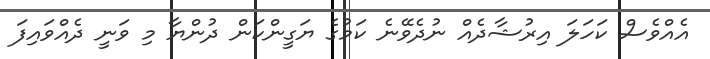
އެއްވެސް ކަހަލަ އިރުޝާދެއް ނުދެވޭނެ ކަމުގެ ޔަގީންކަން ދުންޔާ މި ވަނީ ދެއްވައިފަ